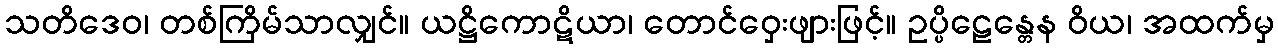
သတိဒေဝ၊ တစ်ကြိမ်သာလျှင်။ ယဋ္ဌိကောဋိယာ၊ တောင်ဝှေးဖျားဖြင့်။ ဥပ္ပိဠေန္တေန ဝိယ၊ အထက်မှ